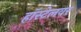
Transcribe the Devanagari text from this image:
हॉस्टेलवर